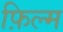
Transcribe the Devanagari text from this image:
फ़िल्म